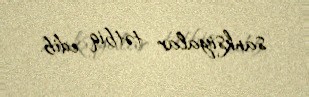
sanksiyalar tətbiq edib.